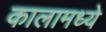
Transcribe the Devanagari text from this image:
कालामध्ये